Annual report of the Punjab Veterinary College and of the Civil Veterinary Department, Punjab - 1926-1932
Year: 1926
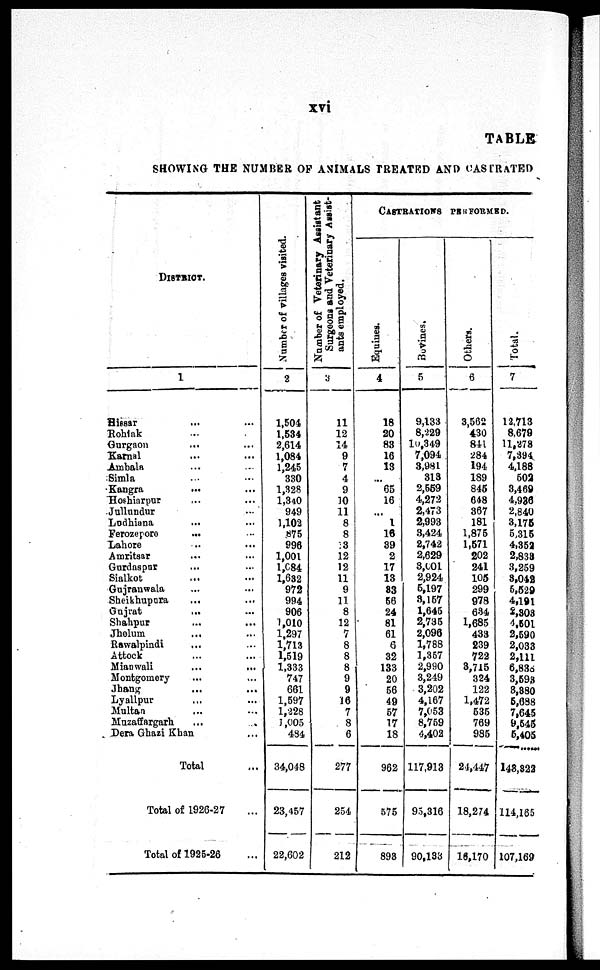
xvi
TABLE
SHOWING THE NUMBER OF ANIMALS TREATED AND CASTRATED
DISTRICT.
1
Hissar ... ...
Rohtak ... ...
Gurgaon ... ...
Karnal ... ...
Ambala ... ...
Simla ... ...
Kangra ... ...
Hoshiarpur ... ...
Jullundur ... ...
Ludhiana ... ...
Ferozepore ... ...
Lahore ... ...
Amritsar ... ...
Gurdaspur ... ...
Sialkot ... ...
Gujranwala ... ...
Sheikhupura ... ...
Gujrat ... ...
Shahpur ... ...
Jhelum ... ...
Rawalpindi
Attock ... ...
Mianwali ... ...
Montgomery ... ...
Jhang ... ...
Lyallpur ... ...
Multan ... ...
Muzaffargarh ... ...
Dera Ghazi Khan ...
Total ...
Total of 1926-27
Total of 1925-26 ...
Nu mb e r of villages visited.
2
1,504
1,534
2,614
1,084
1,245
330
1,328
1,340
949
1,102
875
996
1,001
1,684
1,632
972
994
906
1,010
1,297
1,713
1,519
1,333
747
661
1,597
1,228
1,005
434
34,018
23,457
22,602
Number of Veterinary Assistant
Surgeons and Veterinary Assist-
ants employed.
3
11
12
14
9
7
4
9
10
11
8
8
13
12
12
11
9
11
8
12
7
8
8
8
9
9
16
7
8
6
277
254
212
CASTRATIONS PERFORMED.
Equines.
4
18
20
83
16
13
...
65
16
...
1
16
39
2
17
13
83
56
24
81
61
6
32
133
20
56
49
57
17
18
962
575
893
Bovines.
5
9,133
8,229
10,349
7,094
3,981
313
2,569
4,272
2,473
2,993
3,424
2,742
2,629
3,001
2,924
5,197
3,157
1,645
2,735
2,096
1,788
1,357
2,990
3,249
3,202
4,167
7,053
8,759
4,402
117,913
95,316
90,133
Others.
6
3,562
430
841
284
194
189
845
648
367
181
1,875
1,571
202
241
105
299
978
634
1,685
433
239
722
3,715
324
122
1,472
535
769
985
24,447
18,274
16,170
Total.
7
12,713
8,679
11,278
7,394
4.188
502
3,469
4,936
2,840
3,175
5,315
4,352
2,833
3,259
3,042
5,529
4,191
2,303
4,501
2,590
2,033
2,111
6,838
3,593
8,390
5,688
7,645
9,545
5,405
143,322
114,165
107,163